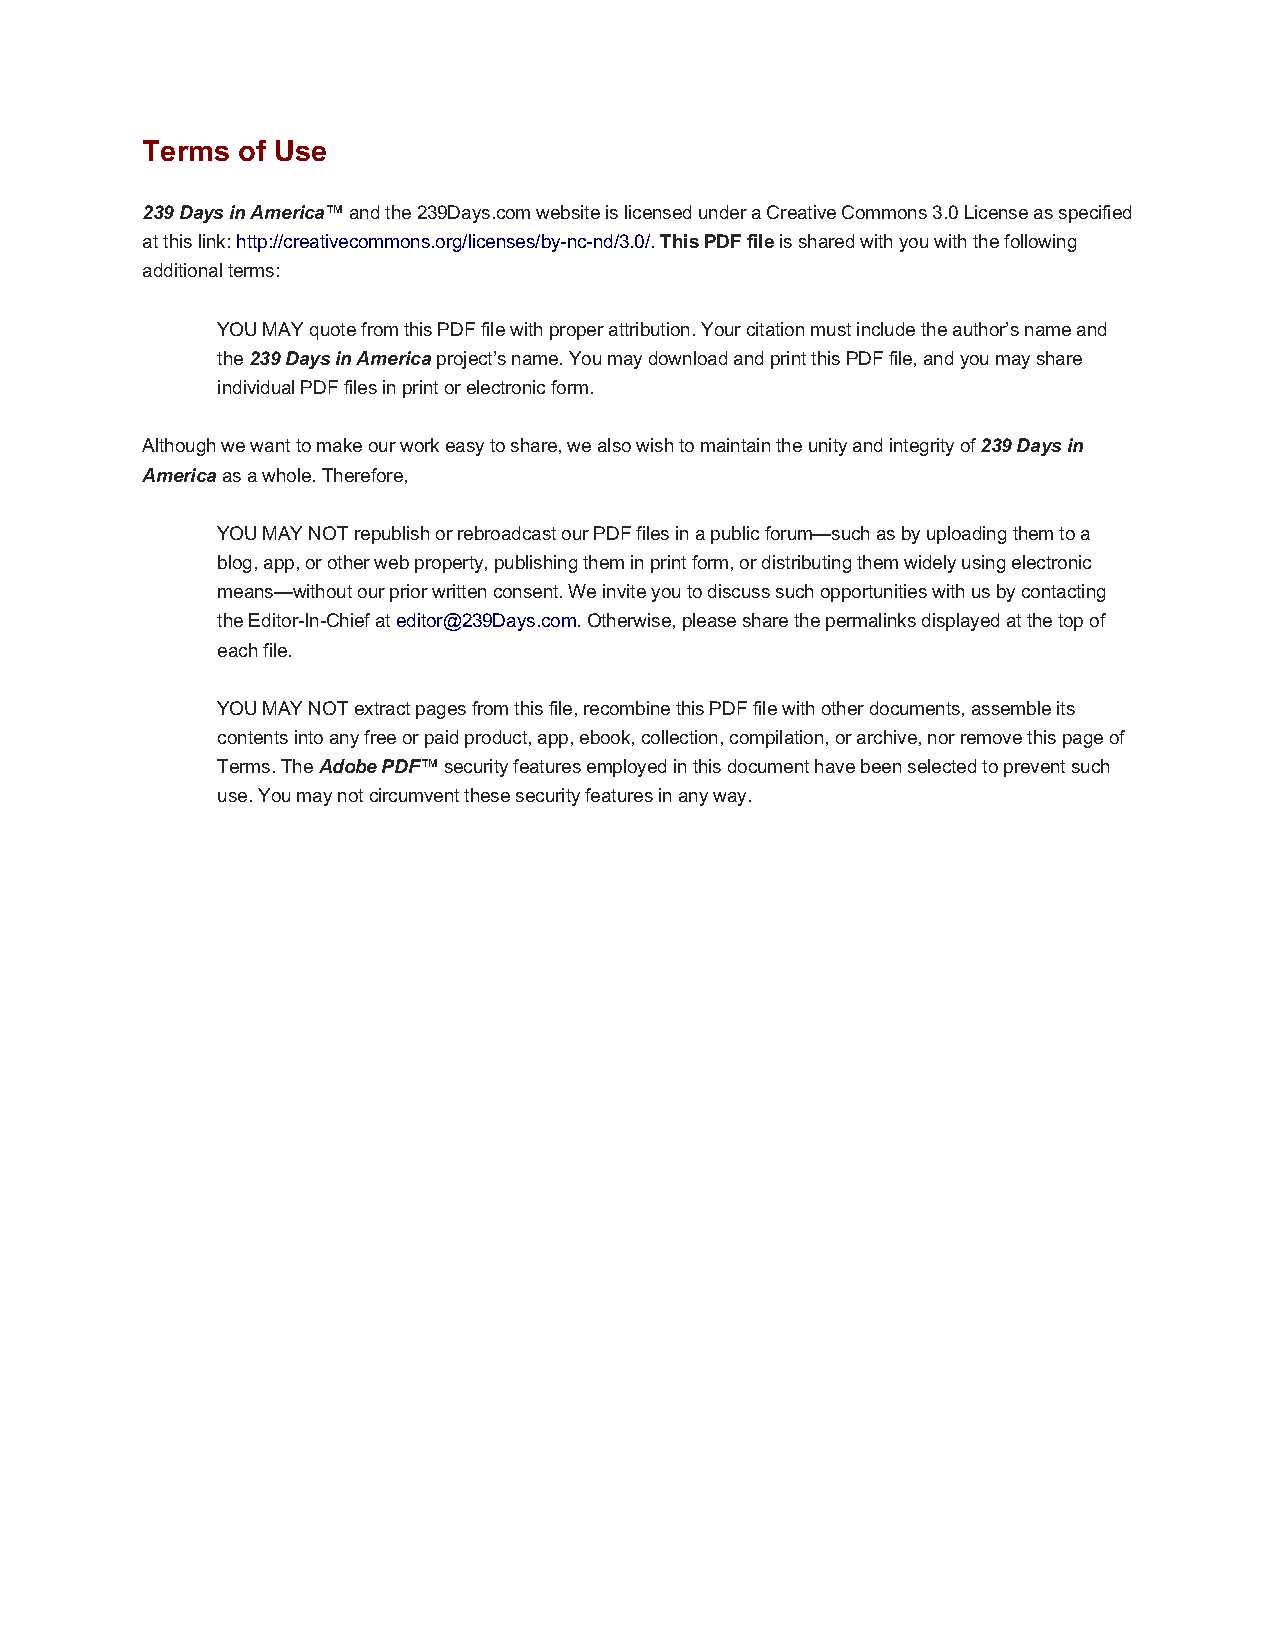
Terms  of Use
 239 Days in America™ and the 239Days.com website is licensed under a Creative Commons 3.0 License as specified
 at this link: http://creativecommons.org/licenses/by-nc-nd/3.0/. This PDF file is shared with you with the following
 additional terms:
 YOU MAY quote from this PDF file with proper attribution. Your citation must include the author’s name and
 the 239 Days in America project’s name. You may download and print this PDF file, and you may share
 individual PDF files in print or electronic form.
 Although we want to make our work easy to share, we also wish to maintain the unity and integrity of 239 Days in
 America as a whole. Therefore,
 YOU MAY NOT republish or rebroadcast our PDF files in a public forum—such as by uploading them to a
 blog, app, or other web property, publishing them in print form, or distributing them widely using electronic
 means—without our prior written consent. We invite you to discuss such opportunities with us by contacting
 the Editor-In-Chief at editor@239Days.com. Otherwise, please share the permalinks displayed at the top of
 each file.
 YOU MAY NOT extract pages from this file, recombine this PDF file with other documents, assemble its
 contents into any free or paid product, app, ebook, collection, compilation, or archive, nor remove this page of
 Terms. The Adobe PDF™ security features employed in this document have been selected to prevent such
 use. You may not circumvent these security features in any way.